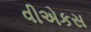
વીએકસ